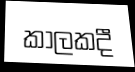
කාලකදී